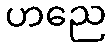
ဟညေ